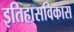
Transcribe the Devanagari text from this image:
इतिहासविकास